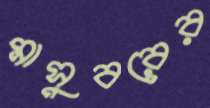
মাসুবরের